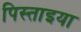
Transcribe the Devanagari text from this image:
पिस्ताइया